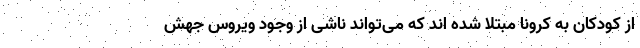
از کودکان به کرونا مبتلا شده اند که می‌تواند ناشی از وجود ویروس جهش